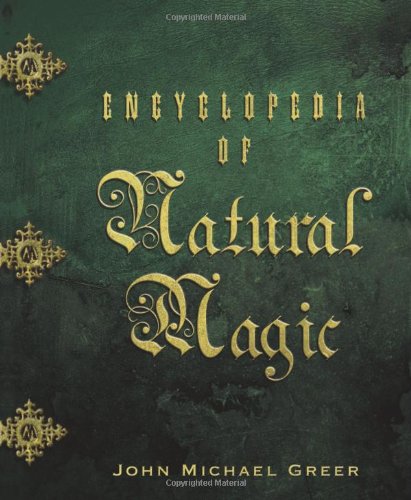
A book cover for Encyclopedia of Natural Magic; John Michael Greer; Cookbooks, Food & Wine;